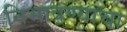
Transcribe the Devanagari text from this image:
निभावण्याचा